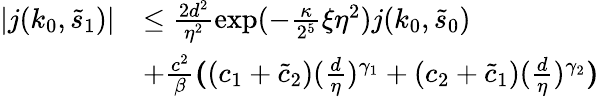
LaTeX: \begin{array}{rl}{\vert j(k_{0},\tilde{s}_{1})\vert}&{\le\frac{2d^{2}}{\eta^{2}}\exp(-\frac\kappa{2^{5}}\xi\eta^{2})j(k_{0},\tilde{s}_{0})}\\ &{+\frac{c^{2}}\beta\textbf{(}(c_{1}+\tilde{c}_{2})(\frac{d}\eta)^{\gamma_{1}}+(c_{2}+\tilde{c}_{1})(\frac{d}\eta)^{\gamma_{2}}\textbf{)}}\end{array}